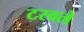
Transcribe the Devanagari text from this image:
टरवले